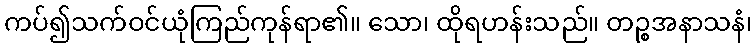
ကပ်၍သက်ဝင်ယုံကြည်ကုန်ရာ၏။ သော၊ ထိုရဟန်းသည်။ တဉ္စအနာသနံ၊